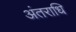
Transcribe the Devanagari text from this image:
अंतराधि